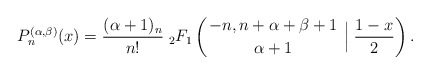
\begin{align*} P_{n}^{(\alpha,\beta)}(x)=\frac{(\alpha+1)_{n}}{n!}\; {}_2F_{1}\left( \genfrac{}{}{0pt}{}{-n,n+\alpha+\beta+1}{\alpha+1} \;\Big \rvert \; \frac{1-x}{2} \right).\end{align*}